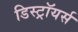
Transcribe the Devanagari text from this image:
डिस्ट्रॉयर्स